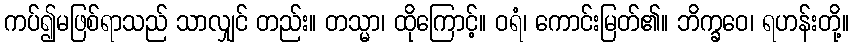
ကပ်၍မဖြစ်ရာသည် သာလျှင် တည်း။ တသ္မာ၊ ထိုကြောင့်။ ဝရံ၊ ကောင်းမြတ်၏။ ဘိက္ခဝေ၊ ရဟန်းတို့။